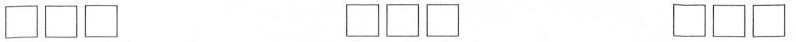
\Box \Box \Box \Box \Box \Box \Box \Box \Box